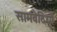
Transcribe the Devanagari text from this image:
सामवेदियों